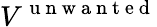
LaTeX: V^{\mathrm{~u~n~w~a~n~t~e~d~}}